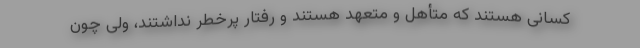
کسانی هستند که متأهل و متعهد هستند و رفتار پرخطر نداشتند، ولی چون